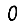
Digit: 0